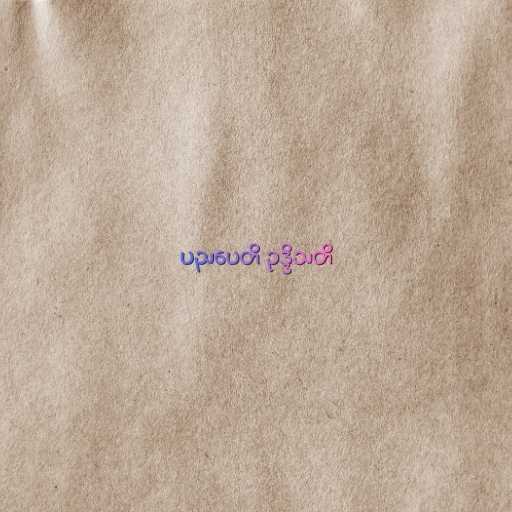
ပညပေတိ ဥဒ္ဒိသတိ